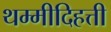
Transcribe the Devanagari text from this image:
थम्मीदिहत्ती